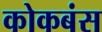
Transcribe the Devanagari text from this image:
कोकबंस